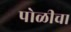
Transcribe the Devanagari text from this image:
पोळीचा